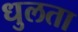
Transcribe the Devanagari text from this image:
धुलता